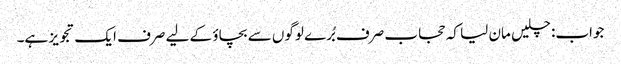
جواب: چلیں مان لیا کہ حجاب صرف بُرے لوگوں سے بچاؤ کے لیے صرف ایک تجویز ہے۔